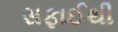
સફાઈથી